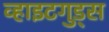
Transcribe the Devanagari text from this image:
व्हाइटगुड्स